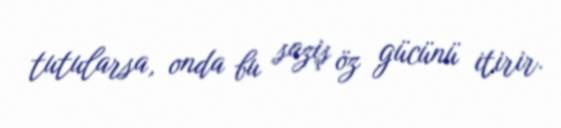
tutularsa, onda bu saziş öz gücünü itirir.